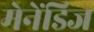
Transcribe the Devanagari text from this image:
मेनेंडिज